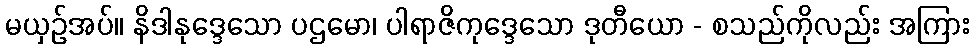
မယှဉ်အပ်။ နိဒါနုဒ္ဒေသော ပဌမော၊ ပါရာဇိကုဒ္ဒေသော ဒုတီယော - စသည်ကိုလည်း အကြား